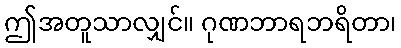
ဤအတူသာလျှင်။ ဂုဏဘာရဘရိတာ၊